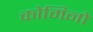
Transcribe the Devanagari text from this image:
कोमिनो